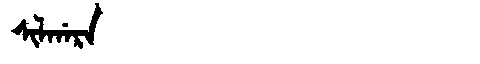
Manchu: ᠰᡳᠯᡤᠠᡵᠠ
Romanization: SILGARA